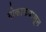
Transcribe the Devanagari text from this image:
गोकाकपासून